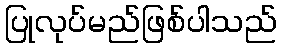
ပြုလုပ်မည်ဖြစ်ပါသည်